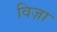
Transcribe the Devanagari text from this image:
विज़ा